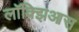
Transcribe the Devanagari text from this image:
लॉक्झिआस